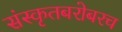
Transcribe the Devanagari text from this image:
संस्कृतबरोबरच